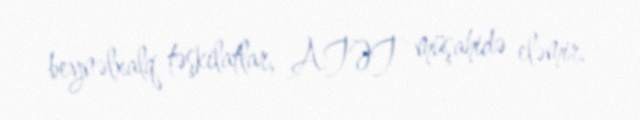
beynəlxalq təşkilatlar, ATƏT müşahidə eləmir.